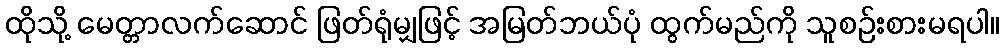
ထိုသို့ မေတ္တာလက်ဆောင် ဖြတ်ရုံမျှဖြင့် အမြတ်ဘယ်ပုံ ထွက်မည်ကို သူစဉ်းစားမရပါ။